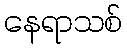
နေရာသစ်